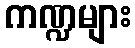
ကဏ္ဍများ